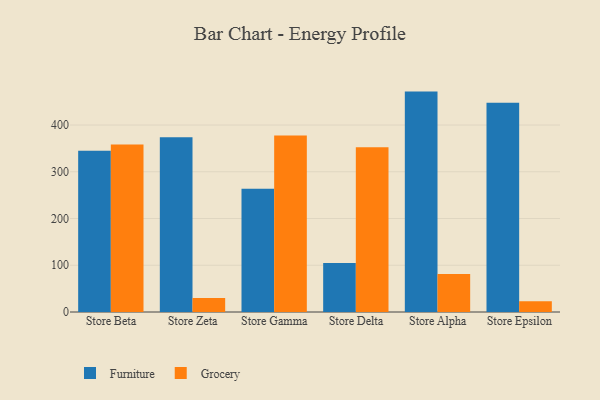
{"axis": {"x": "Store", "y": "Headcount"}, "legend": ["Furniture", "Grocery"], "data": [{"x": "Store Beta", "y": 345.2, "type": "Furniture"}, {"x": "Store Beta", "y": 358.2, "type": "Grocery"}, {"x": "Store Zeta", "y": 374.0, "type": "Furniture"}, {"x": "Store Zeta", "y": 30.2, "type": "Grocery"}, {"x": "Store Gamma", "y": 263.5, "type": "Furniture"}, {"x": "Store Gamma", "y": 377.4, "type": "Grocery"}, {"x": "Store Delta", "y": 104.8, "type": "Furniture"}, {"x": "Store Delta", "y": 352.4, "type": "Grocery"}, {"x": "Store Alpha", "y": 471.5, "type": "Furniture"}, {"x": "Store Alpha", "y": 81.2, "type": "Grocery"}, {"x": "Store Epsilon", "y": 447.8, "type": "Furniture"}, {"x": "Store Epsilon", "y": 22.8, "type": "Grocery"}]}